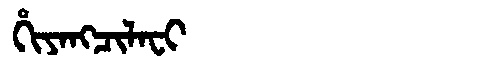
Manchu: ᡥᡳᠶᠠᠩᠴᡳᠯᠠᠸᡳ
Romanization: HIYANGCILAFI